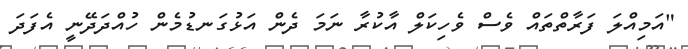
"އަމިއްލަ ފަރާތްތައް ވެސް ވެހިކަލް އާކުރާ ނަމަ ދެން އަޅުގަނޑުމެން ހުއްދަދޭނީ އެފަދަ